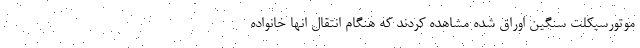
موتورسیکلت سنگین اوراق شده مشاهده کردند که هنگام انتقال انها خانواده